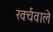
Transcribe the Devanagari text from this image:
खर्चवाले